Vaccination in Burma 1920-1933 - 1920-1933
Year: 1920
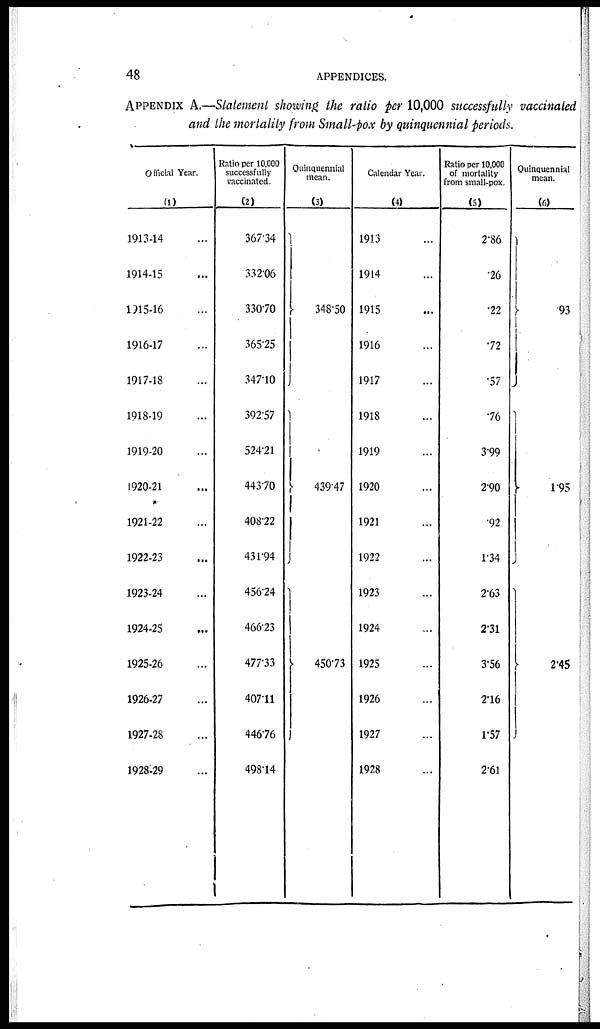
48
APPENDICES.
APPENDIX A.—Statement showing the ratio per 10,000 successfully vaccinated
and the mortality from Small-pox by quinquennial periods.
Official Year.
(1)
1913-14 ...
1914-15 ...
1915-16 ...
1916-17 ...
1917-18 ...
1918-19 ...
1919-20 ...
1920-21 ...
1921-22 ...
1922-23 ...
1923-24 ...
1924-25 ...
1925-26 ...
1926-27 ...
1927-28 ...
1928-29 ...
Ratio per 10,000
successfully
vaccinated.
(2)
367.34
332.06
330.70
365.25
347.10
392.57
524.21
443.70
408.22
431.94
456.24
466.23
477.33
407.11
446.76
498.14
Quinquennial
mean.
(3)
348.50
439.47
450.73
Calendar Year.
(4)
1913 ...
1914 ...
1915 ...
1916 ...
1917 ...
1918 ...
1919 ...
1920 ...
1921 ...
1922 ...
1923 ...
1924 ...
1925 ...
1926 ...
1927 ...
1928 ...
Ratio per 10,000
of mortality
from small-pox.
(5)
2.86
.26
.22
.72
.57
.76
3.99
290
.92
1.34
263
2.31
3.56
2.16
1.57
2.61
Quinquennial
mean.
(6)
.93
1.95
2.45